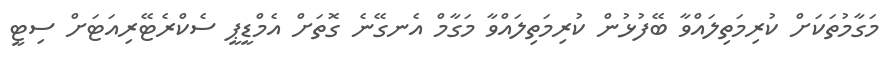
މަގާމުތަކަށް ކުރިމަތިލައްވާ ބޭފުޅުން ކުރިމަތިލައްވާ މަގާމް އެނގޭނެ ގޮތަށް އެމްޑީޕީ ސެކްރެޓޭރިއަޓަށް ސިޓީ